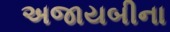
અજાયબીના